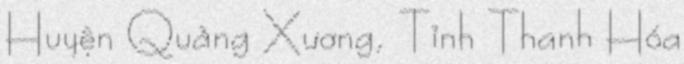
Huyện Quảng Xương, Tỉnh Thanh Hóa